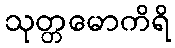
သုတ္တမောကိရိ